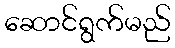
ဆောင်ရွက်မည်